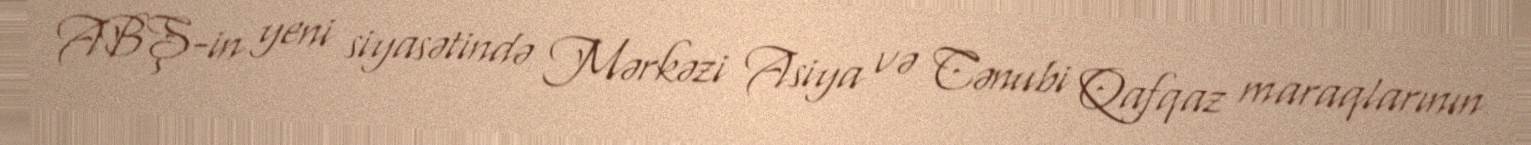
ABŞ-in yeni siyasətində Mərkəzi Asiya və Cənubi Qafqaz maraqlarının